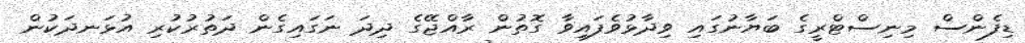
ޑިފެންސް މިނިސްޓްރީގެ ބަޔާނުގައި ވިދާޅުވެފައިވާ ގޮތުން ރާއްޖޭގެ ދިދަ ނަގައިގެން ދަތުރުކުރި އުޅަނދަކުން